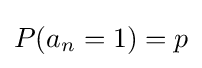
P(a_{n}=1)=p